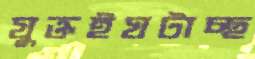
যুক্তইঘটাচ্ছ